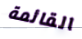
القائمة